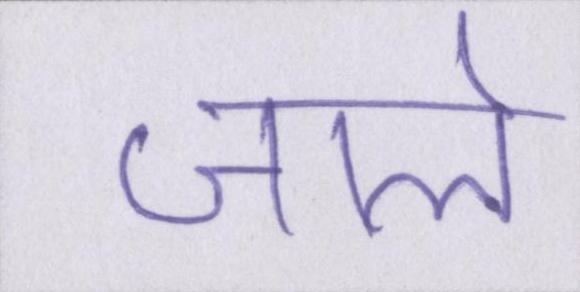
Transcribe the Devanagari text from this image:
जाले